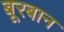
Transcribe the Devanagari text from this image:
बूरबान